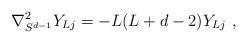
LaTeX: \begin{align*}\nabla^2_{S^{d-1}}Y_{Lj}=-L(L+d-2)Y_{Lj} \ ,\end{align*}